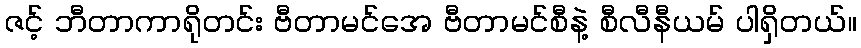
ဇင့် ဘီတာကာရိုတင်း ဗီတာမင်အေ ဗီတာမင်စီနဲ့ စီလီနီယမ် ပါရှိတယ်။